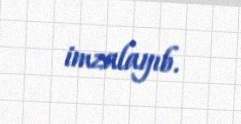
imzalayıb.